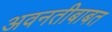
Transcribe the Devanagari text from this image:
अवनतीबाबत